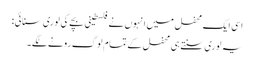
اسی ایک محفل میں انہوں نے فلسطینی بچے کی لوری سنائی:
یہ لوری سنتے ہی محفل کے تمام لوگ رونے لگے۔